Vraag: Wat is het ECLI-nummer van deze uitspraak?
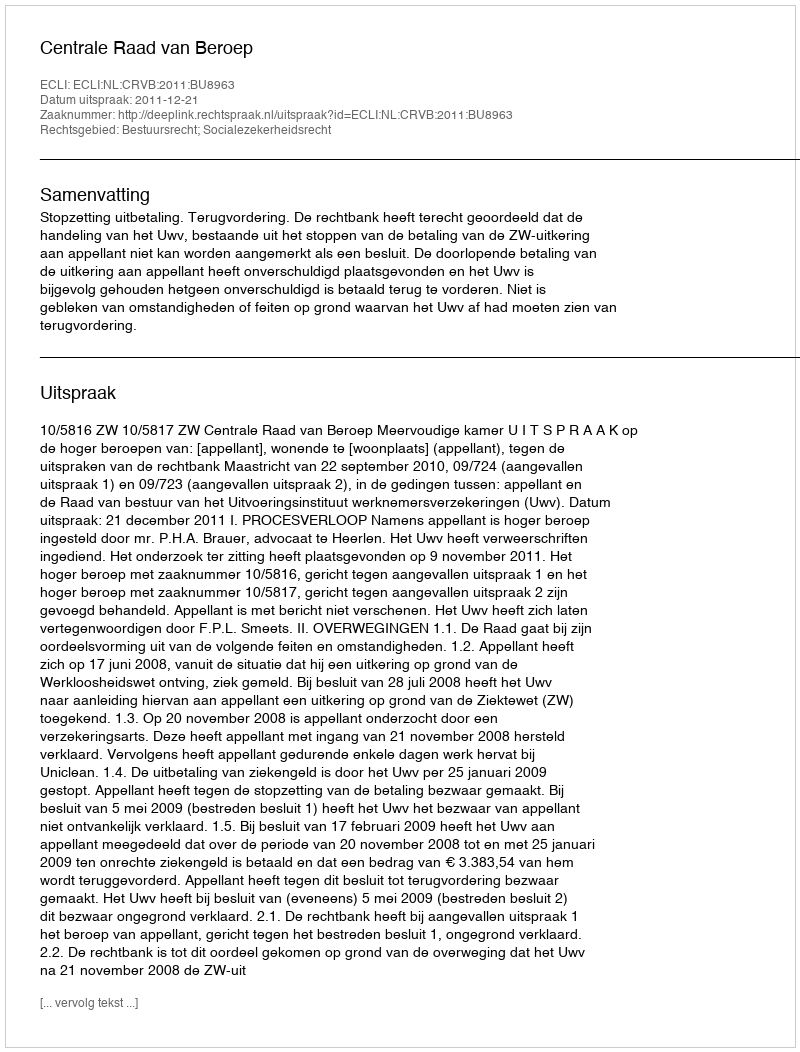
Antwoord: ECLI:NL:CRVB:2011:BU8963